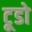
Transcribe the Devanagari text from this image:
टूडो